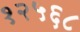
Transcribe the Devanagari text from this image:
१२५६८